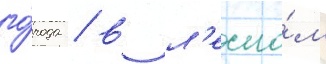
го́рода / в л'есно́м